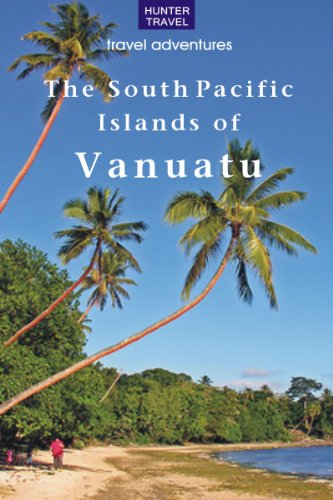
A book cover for The South Pacific Islands of Vanuatu (Travel Adventures); Thomas BoothA; Travel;